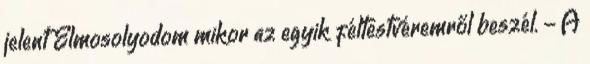
jelent Elmosolyodom mikor az egyik féltestvéremről beszél. - A